Report on vaccination in Madras 1904-1921 - 1904-1921
Year: 1904
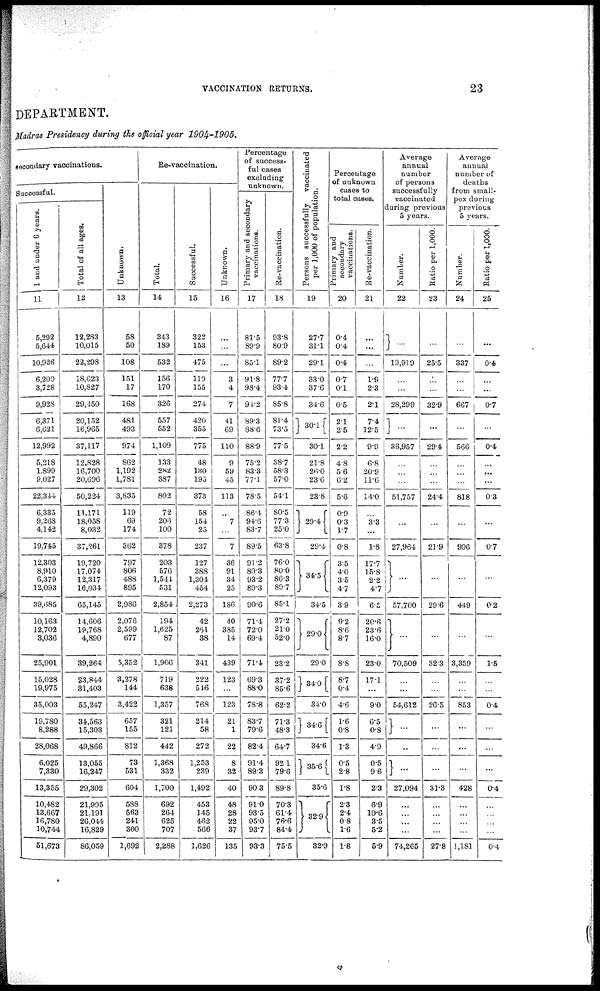
VACCINATION RETURNS.
23
DEPARTMENT.
Madras Presidency during the official year
1904-1905.
secondary vaccinations.
Successful.
1 and under 6 years.
11
5,292
5,644
10,936
6,200
3,728
9,928
6,371
6,621
12,992
5,218
1,899
9,027
22,344
6,335
9,268
4,142
19,745
12,303
8,910
6,379
12,093
39,685
10,163
12,702
3,036
25,901
15,028
19,975
35,003
19,780
8,288
28,068
6,025
7,330
13,355
10,482
13,667
16,780
10,744
51,673
Total of all ages.
12
12,283
10,015
22,298
18,623
10,827
29,450
20,152
16,965
37,117
12,828
16,700
20,696
50,224
11,171
18,058
8,032
37,261
19,720
17,074
12,317
16,034
65,145
14,606
19,768
4,890
39,264
23,844
31,403
55,247
34,563
15,303
49,866
13,055
16,247
29,302
21,995
21,191
26,044
16,829
86,059
Unknown.
13
58
50
108
151
17
168
481
493
974
862
1,192
1,781
3,835
119
69
174
362
797
806
488
895
2,986
2,076
2,599
677
5,352
3,278
144
3,422
657
155
812
73
531
604
588
563
241
300
1,692
Re-vaccination.
Total.
14
343
189
532
156
170
326
557
552
1,109
133
282
387
802
72
206
100
378
203
576
1,544
531
2,854
194
1,625
87
1,906
719
638
1,357
321
121
442
1,368
332
1,700
692
264
625
707
2,288
Successful.
15
322
153
475
119
155
274
420
355
775
48
130
195
373
58
154
25
237
127
388
1,304
454
2,273
42
261
38
341
222
546
768
214
58
272
1,253
239
1,492
453
145
462
566
1,626
Unknown.
16
...
...
...
3
4
7
41
69
110
9
59
45
113
...
7
...
7
36
91
34
25
186
40
385
14
439
123
...
123
21
1
22
8
32
40
48
28
22
37
135
Percentage
of success-
ful cases
excluding
unknown.
Primary and secondary
vaccinations.
17
81.5
89.9
85.1
91.8
98.4
94.2
89.3
88.6
88.9
75.2
83.3
77.1
78.5
86.4
94.6
83.7
89.5
91.2
89.3
93.2
89.3
90.6
71.4
72.0
69.4
71.4
69.3
88.0
78.8
83.7
796
82.4
91.4
89.3
90.3
91.0
93.5
95.0
93.7
93.3
Re-vaccination.
18
93.8
80.9
89.2
77.7
93.4
85.8
81.4
73.5
77.5
38.7
58.3
57.0
54.1
80.5
77.3
25.0
63.8
76.0
80.0
86.3
89.7
85.1
27.2
21.0
52.0
23.2
37.2
85.6
62.2
71.3
483
64.7
92.1
79.6
89.8
70.3
61.4
76.6
84.4
75.5
Persons successfully vaccinated
per 1,000 of population.
19
27.7
31.1
29.1
33.0
37.6
34.6
30.l
30.1
21.8
26.0
23.6
23.8
29.4
29.4
34.5
34.5
29.0
29.0
34.0
34.0
34.6
34.6
35.6
35.6
32.9
32.9
Percentage
of unknown
cases to
total cases.
Primary and
secondary
vaccinations.
20
0.4
0.4
0.4
0.7
0.1
0.5
2.1
2.5
2.2
4.8
5.6
6.2
5.6
0.9
0.3
1.7
0.8
3.5
4.0
3.5
4.7
3.9
9.2
8.6
8.7
8.8
8.7
0.4
4.6
1.6
0.8
1.3
0.5
2.8
1.8
2.3
2.4
0.8
1.6
1.8
Re-vaccination.
21
...
...
...
1.9
2.3
2.1
7.4
12.5
9.9
6.8
20.9
11.6
14.0
...
3.3
...
1.8
17.7
15.8
2.2
4.7
6.5
20.6
23.6
16.0
23.0
17.1
...
9.0
6.5
0.8
4.9
0.5
9.6
2.3
6.9
10.6
3.5
5.2
5.9
Average
annual
number
of persons
successfully
vaccinated
during previous
5 years.
Number.
22
...
19,919
...
...
28,299
...
36,957
...
...
...
51,757
...
27,964
...
57,700
...
70,509
...
...
54,612
...
...
...
27,094
...
...
...
...
74,265
Ratio per 1,000.
23
...
25.5
...
32.9
...
29.4
...
...
...
24.4
...
21.9
...
29.6
...
32.3
...
...
26.5
...
...
...
31.3
...
...
...
...
27.8
Average
annual
number of
deaths
from small-
pox during
previous
5 years.
Number.
24
...
337
...
...
667
...
566
...
...
...
818
...
906
...
449
...
3,359
...
853
...
...
...
428
...
...
...
...
1,181
Ratio per 1,000.
25
...
0.4
...
...
0.7
...
0.4
...
...
...
0.3
...
0.7
...
0.2
...
1.5
...
...
0.4
...
...
...
0.4
...
...
...
...
0.4